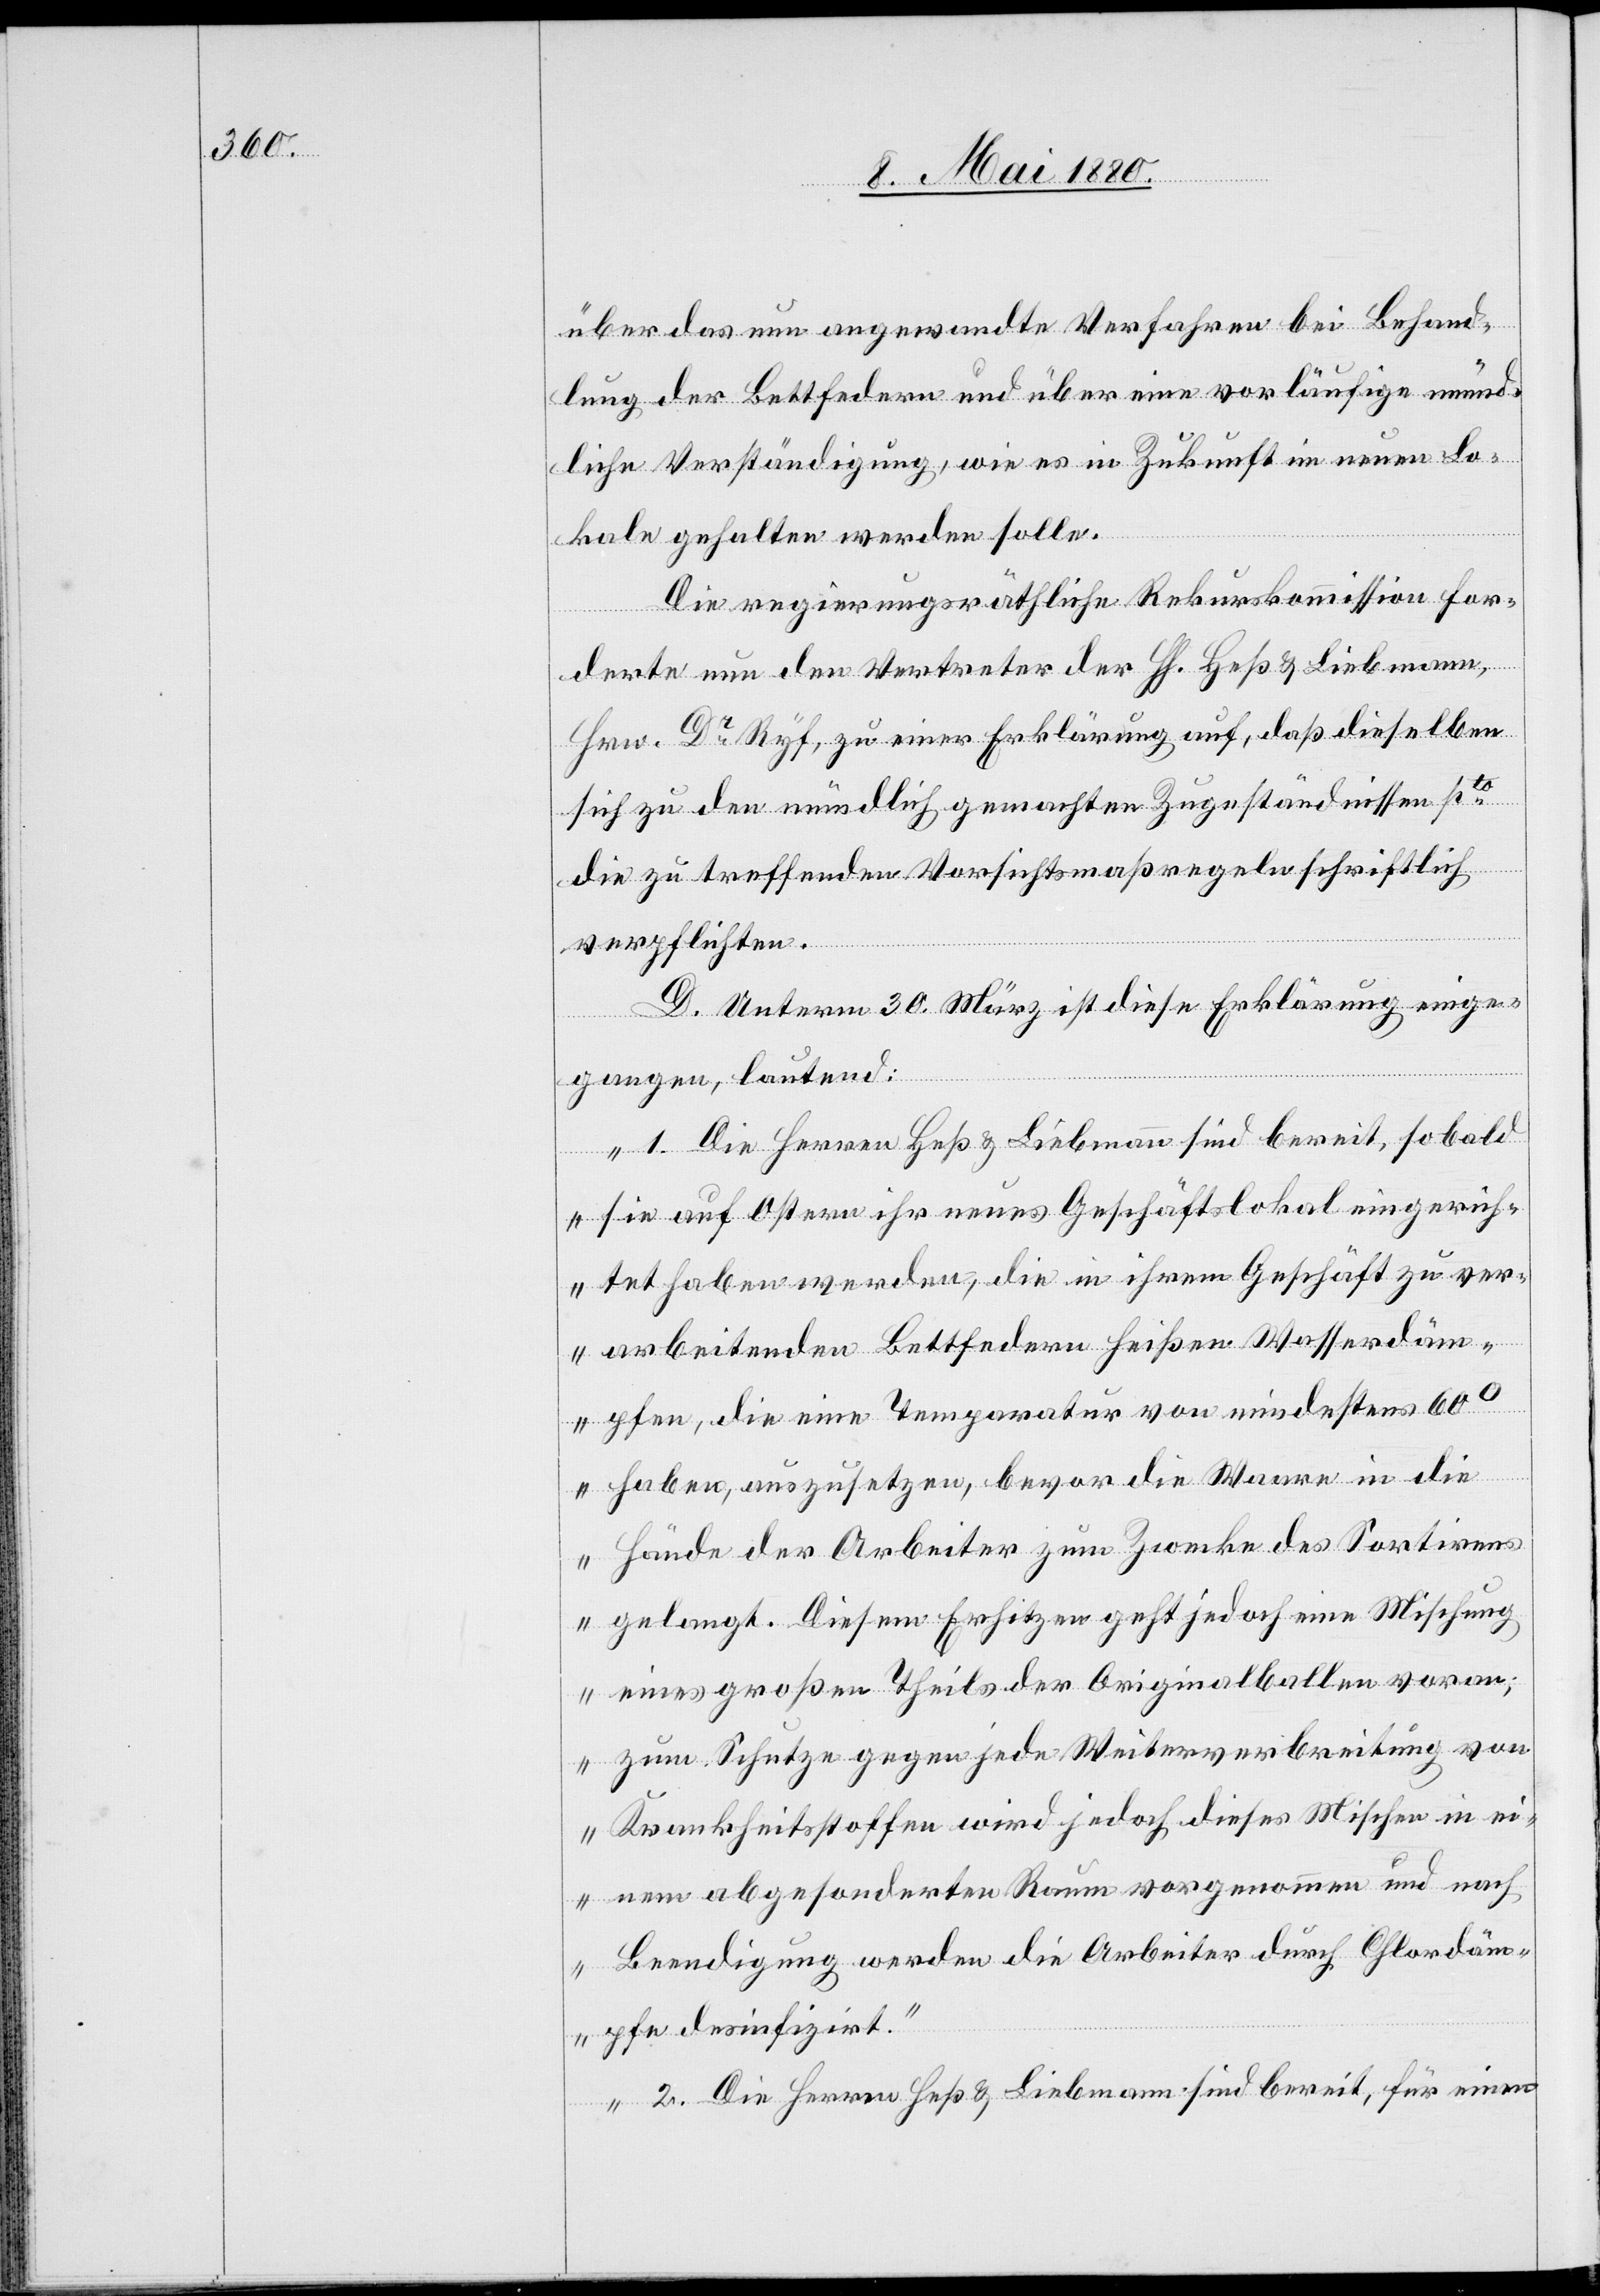
über das nun angewandte Verfahren bei Behand¬
lung der Bettfedern und über eine vorläufige münd¬
liche Verständigung, wie es in Zukunft im neuen Lo¬
kale gehalten werden solle.
Die regierungsräthliche Rekurskommission for¬
derte nun den Vertreter der HH. Heß & Liebmann,
Hrn. Dr Ryf, zu einer Erklärung auf, daß dieselben
sich zu den mündlich gemachten Zugeständnissen pto
die zu treffenden Vorsichtsmaßregeln schriftlich
verpflichten.
D. Unterm 30. März ist diese Erklärung einge¬
gangen, lautend:
„1. Die Herren Heß & Liebmann sind bereit, sobald
sie auf Ostern ihr neues Geschäftslokal eingerich¬
tet haben werden, die in ihrem Geschäft zu ver¬
arbeitenden Bettfedern heißen Wasserdäm¬
pfen, die eine Temperatur von mindestens 60°
haben, auszusetzen, bevor die Waare in die
Hände der Arbeiter zum Zwecke des Sortirens
gelangt. Diesem Erhitzen geht jedoch eine Mischung
eines großen Theils der Originalballen voran;
zum Schutze gegen jede Weiterverbreitung von
Krankheitsstoffen wird jedoch dieses Mischen in ei¬
nem abgesonderten Raum vorgenommen und nach
Beendigung werden die Arbeiter durch Chlordäm¬
pfe desinfizirt.
2. Die Herren Heß & Liebmann sind bereit, für einen